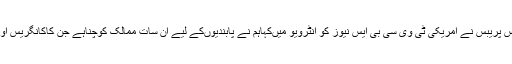
وائٹ ہائوس کے چیف آف رائنس پریبس نے امریکی ٹی وی سی بی ایس نیوز کو انٹرویو میںکہاہم نے پابندیوںکے لیے ان سات ممالک کوچناہے جن کاکانگریس اوراوباماانتظامیہ نے انتخاب کیا۔